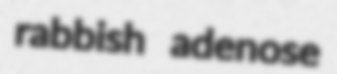
rabbish adenose